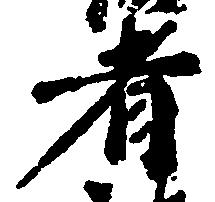
者